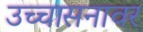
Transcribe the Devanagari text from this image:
उच्चासनावर